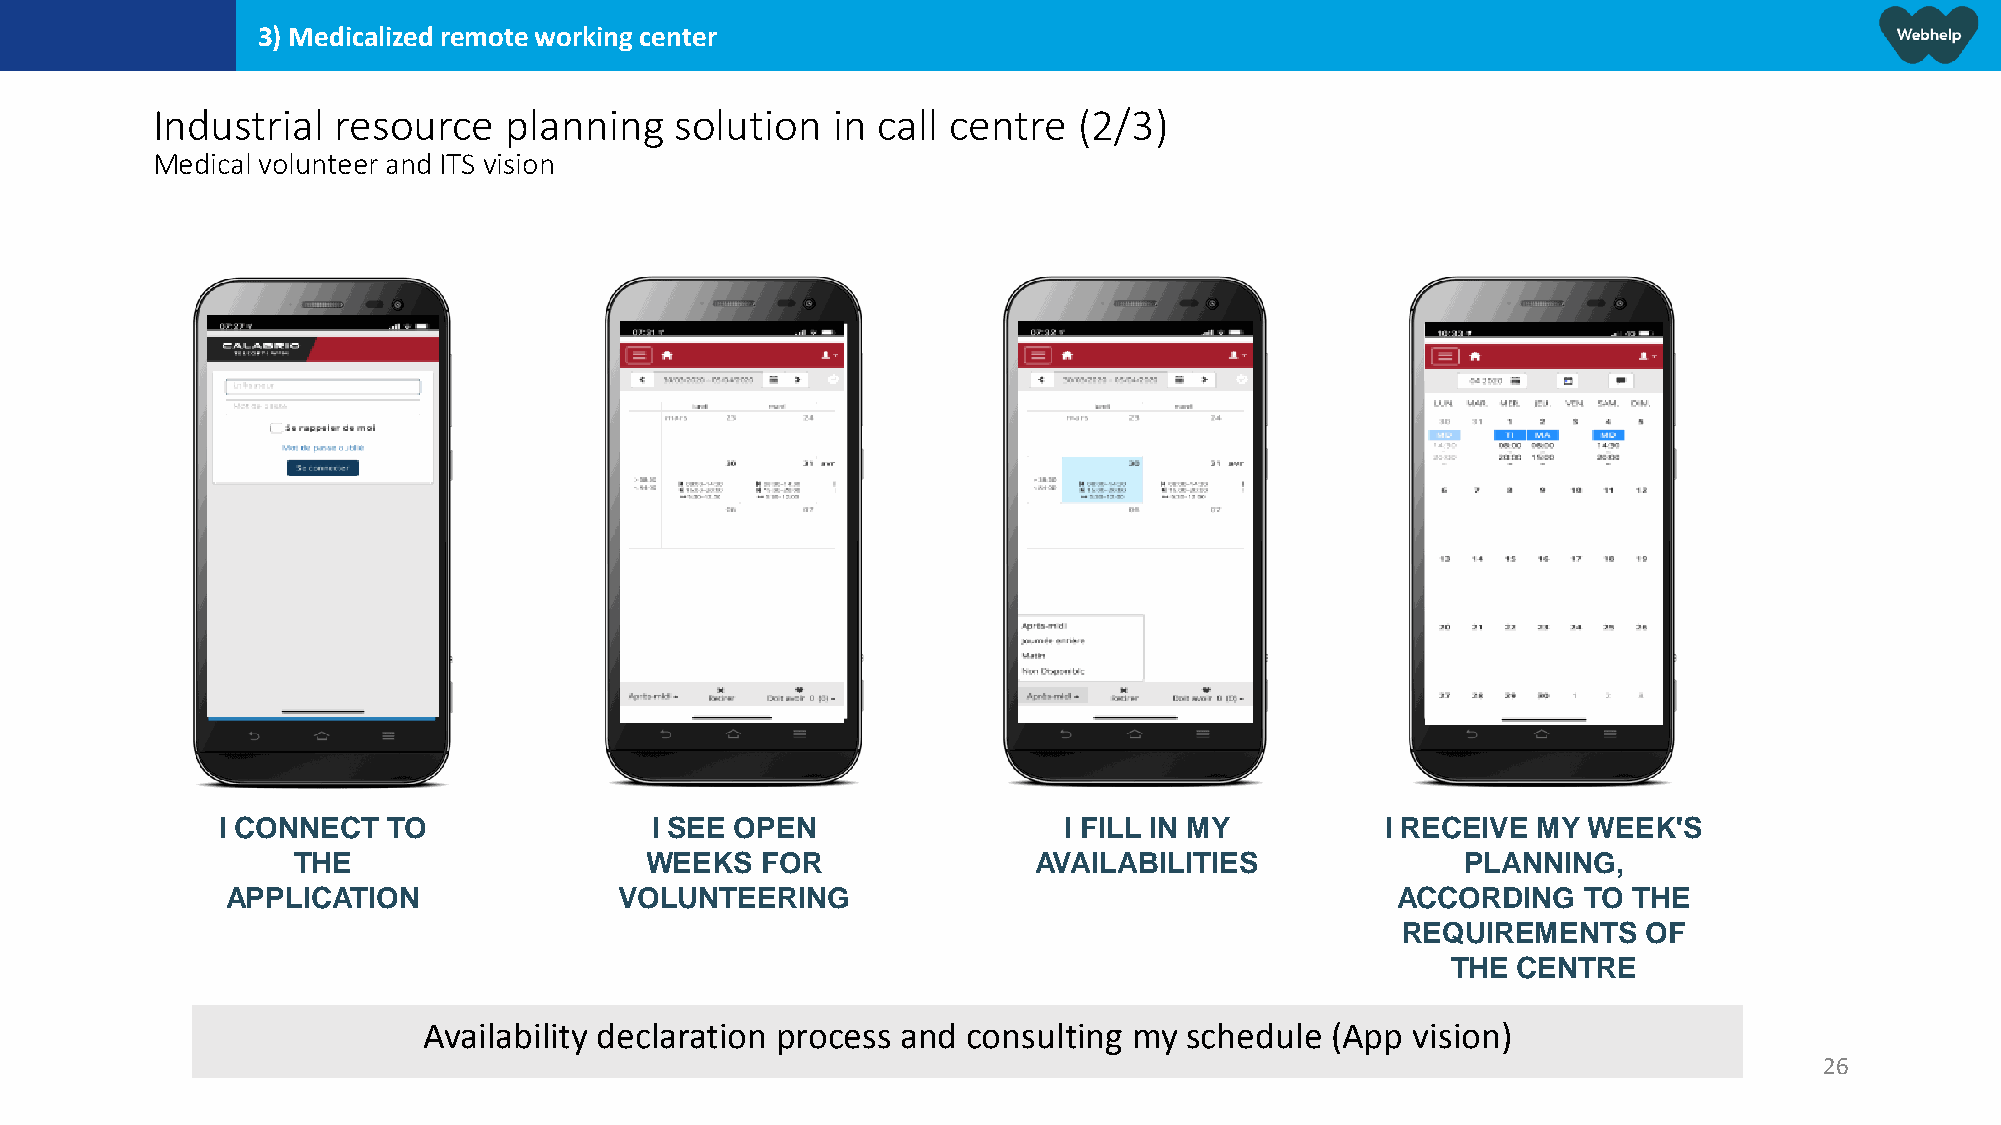
3) Medicalized remote working center
 Industrial  resource   planning    solution  in call centre  (2/3)
 Medicalvolunteer and ITS vision
 I CONNECT   TO               I SEE OPEN                 I FILL IN MY          I RECEIVE MY WEEK'S
 THE                     WEEKS  FOR                AVAILABILITIES              PLANNING,
 APPLICATION               VOLUNTEERING                                       ACCORDING    TO THE
 REQUIREMENTS    OF
 THE CENTRE
 Availability declaration process and consulting my schedule (App vision)
 26